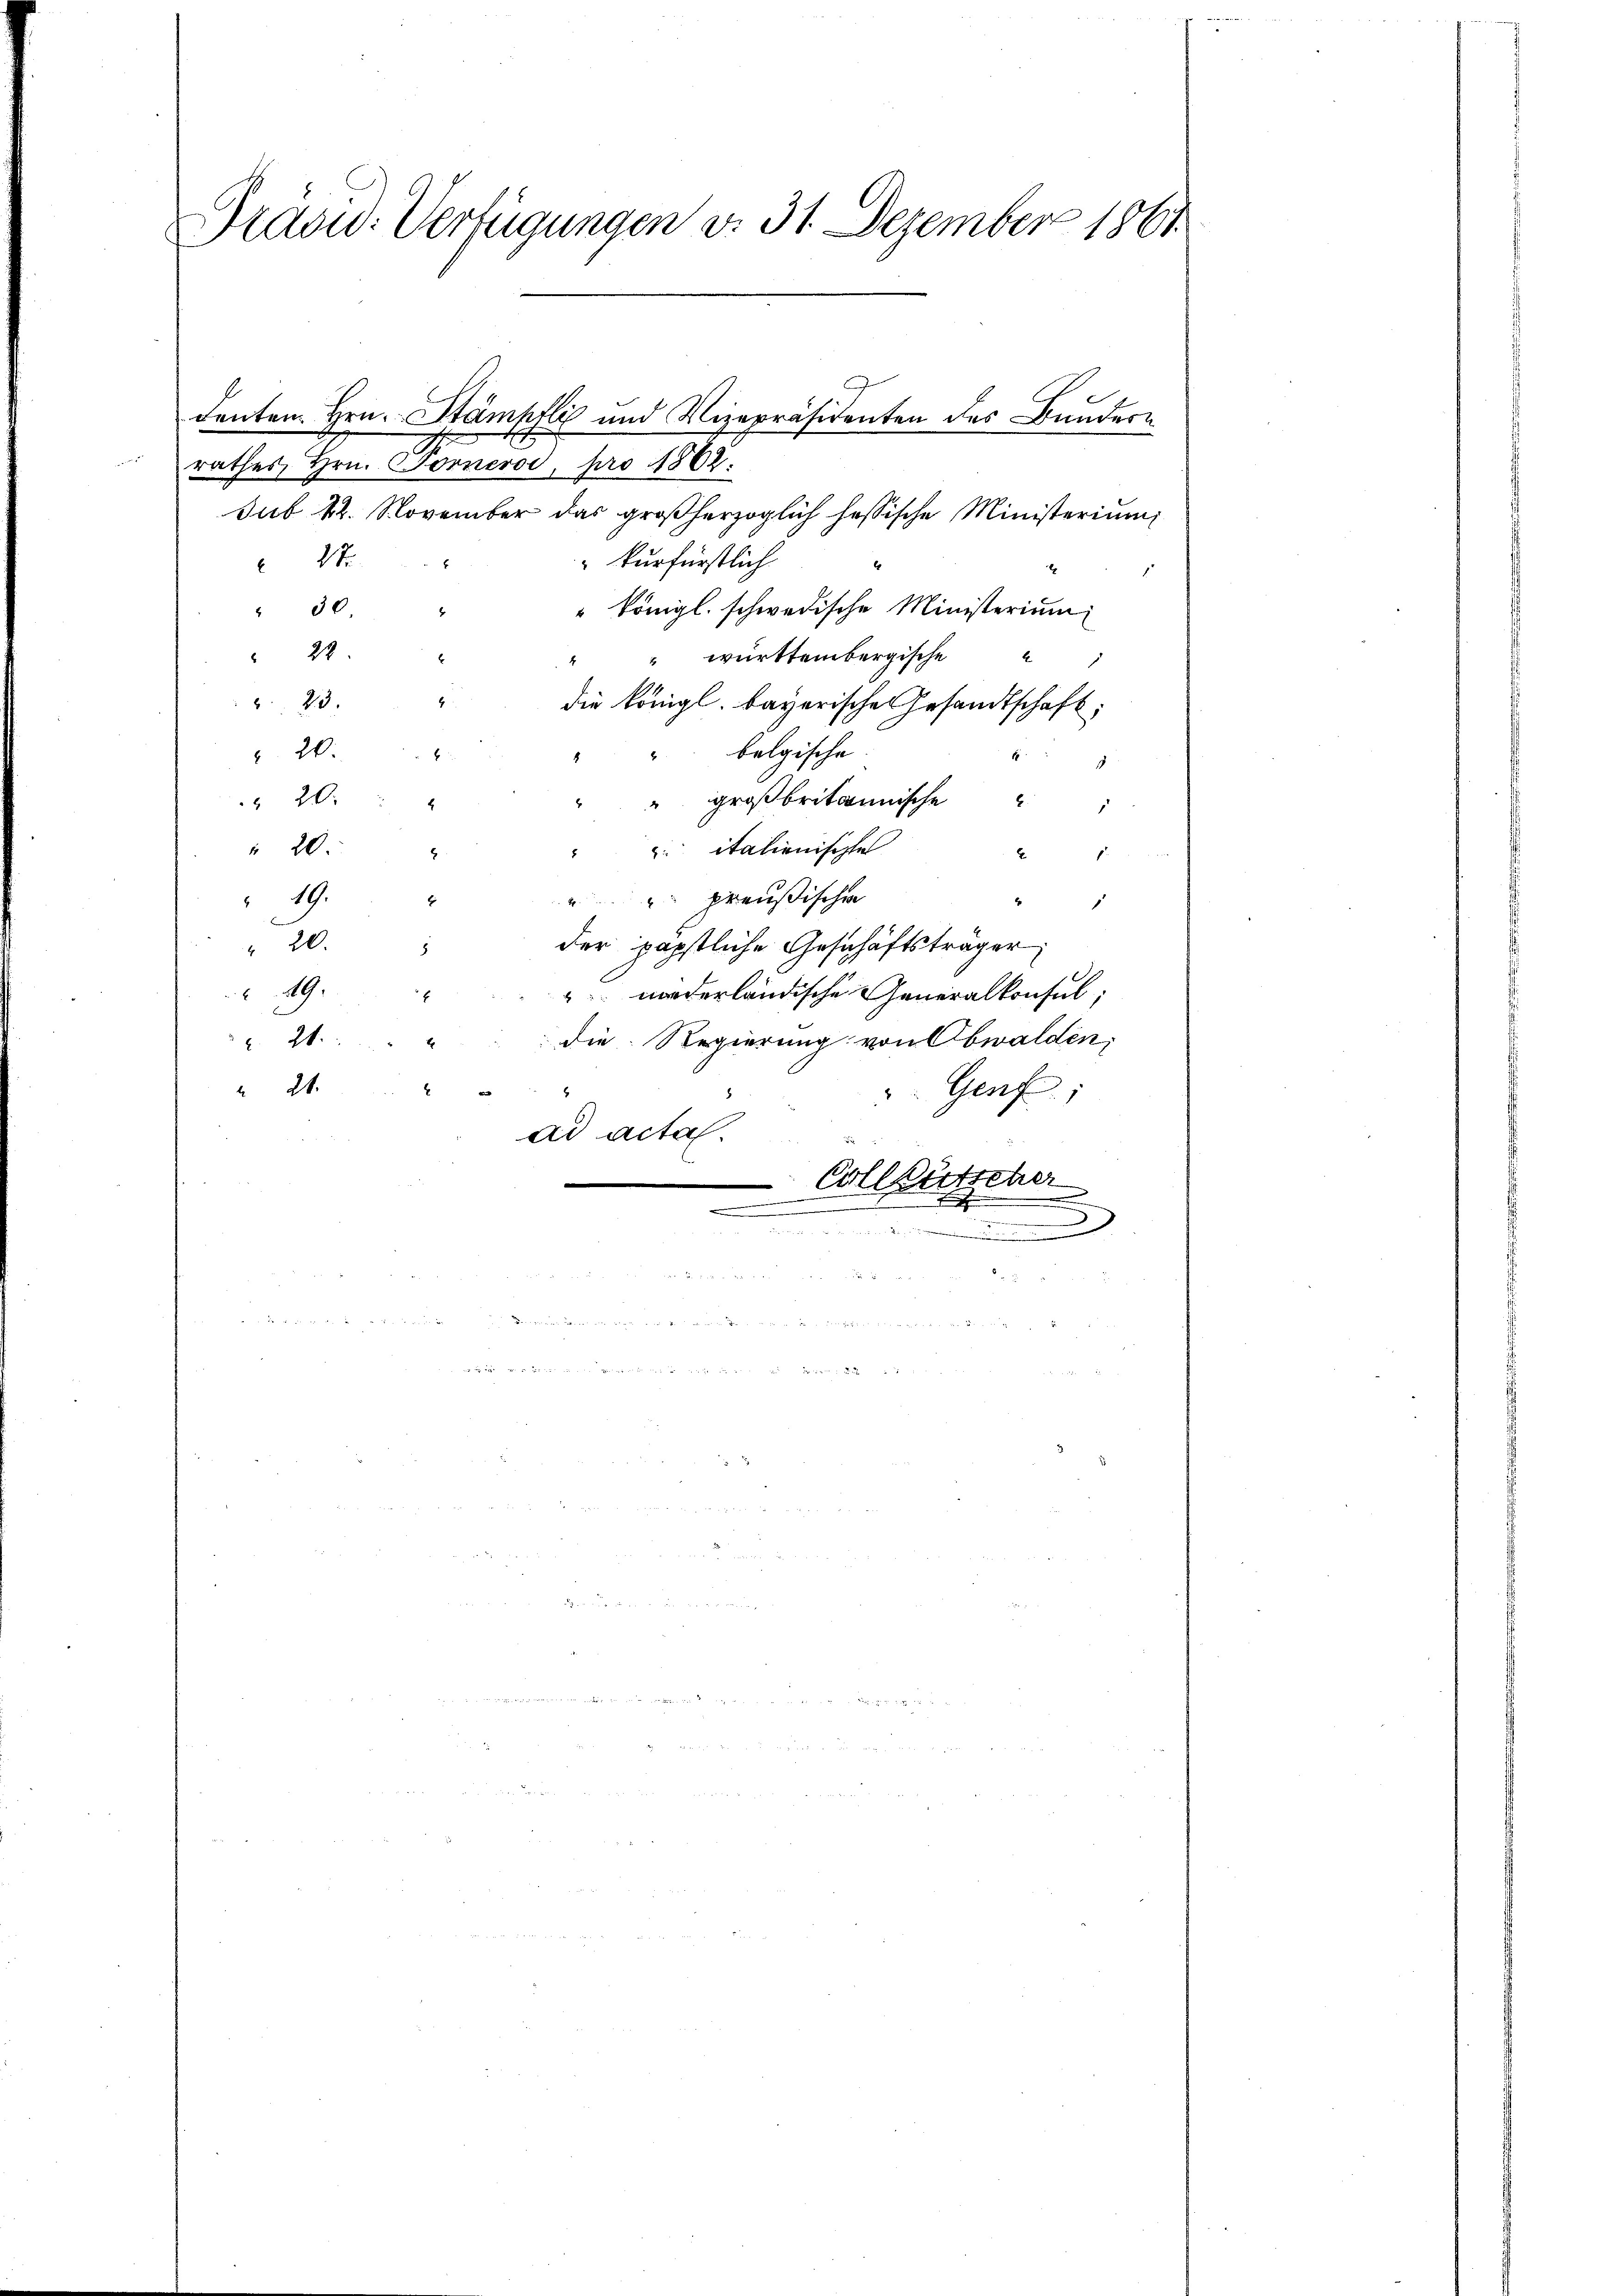
Draowd: Verfügungen d. 31. Dezember 1861

rathes Hrn. Forneros, pro 1862.
sub 22. November das großherzoglich hessische Ministerium
kurfürstlich
 18
x
" Königl. schwedische Ministerium
" 30.
22
württembergische
4
 23.
die Königl. bayerische Gesandtschaft:
belgische
". 20.
f
8
4
 20.
" großbritannische
 20.
 italienischte
2
2
19.
 preußischen
2
.
" 20.
der päpstliche Geschäftsträger
49.
" worderländische Generalkonsul,
die Regierung von Obwalden,
 24.
“ 21.
Genf;
2
ad acta.
e
Collgütsche
u
i

u

denten Hrn. Stämpfli und Vizepräsidenten des Bundern